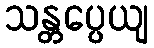
သန္တပ္ပေယျ